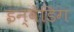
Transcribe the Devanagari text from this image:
इन्वेडिग